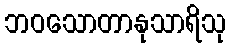
ဘဝသောတာနုသာရိသု